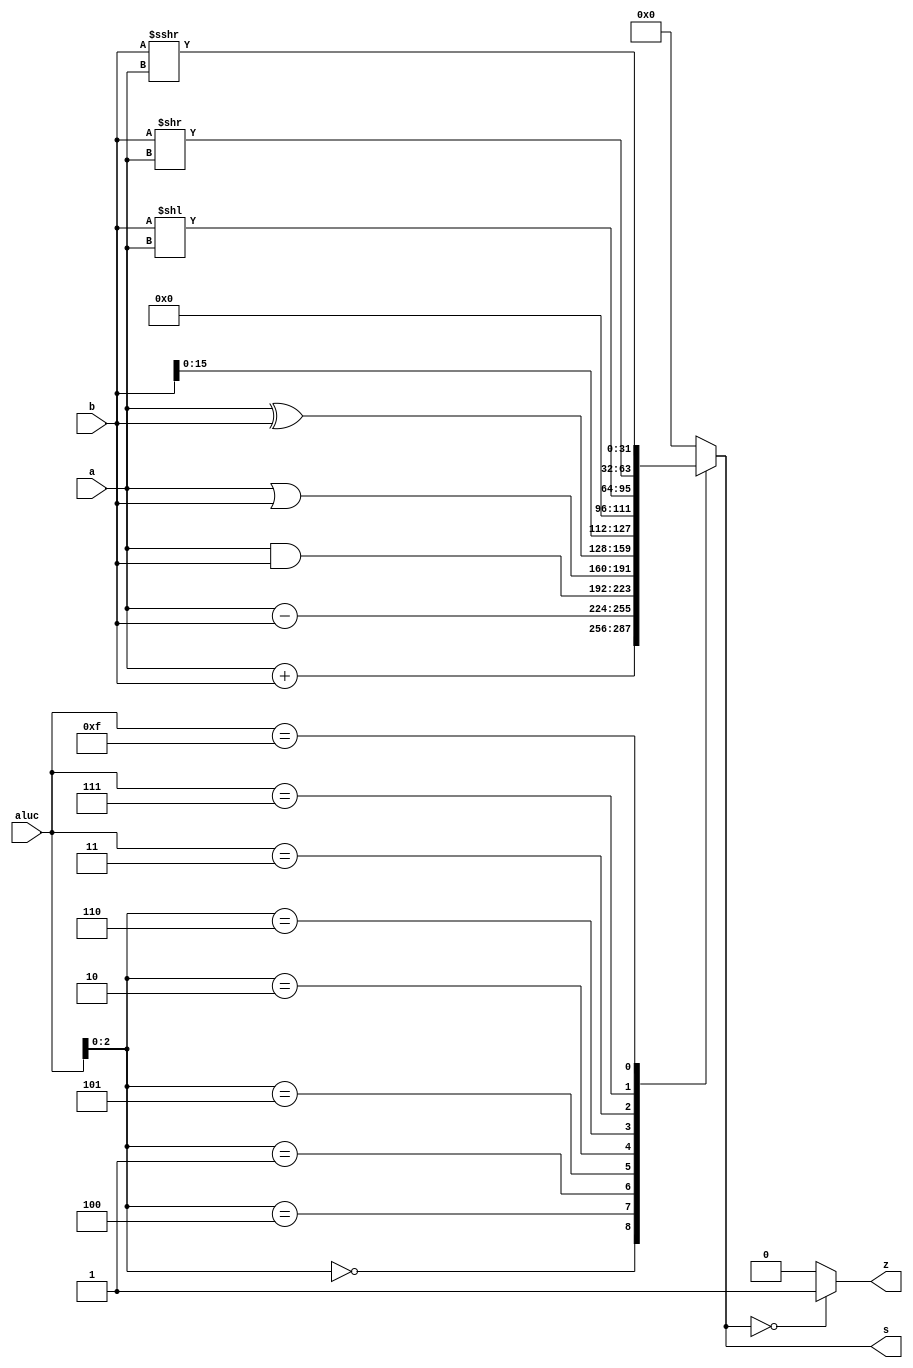
module alu (a,b,aluc,s,z);
   input [31:0] a,b;
   input [3:0] aluc;
   output [31:0] s;
   output        z;
   reg [31:0] s;
   reg        z;
   always @ (a or b or aluc) 
      begin                                   // event
         casex (aluc)
             4'bx000: s = a + b;              //x000 ADD
             4'bx100: s = a - b;                                 //x100 SUB
             4'bx001: s = a & b;          //x001 AND
             4'bx101: s = a | b;                                 //x101 OR
             4'bx010: s = a ^ b;                                 //x010 XOR
             4'bx110: s = {b[15:0],16'b0};                       //x110 LUI: imm << 16bit             
             4'b0011: s = b << a;                                 //0011 SLL: rd <- (rt << sa)
             4'b0111: s = b >> a;                                 //0111 SRL: rd <- (rt >> sa) (logical)
             4'b1111: s = $signed(b) >>> a;   //1111 SRA: rd <- (rt >> sa) (arithmetic)
             default: s = 0;
         endcase
         if (s == 0 )  z = 1;
            else z = 0;         
      end      
endmodule